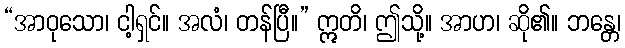
“အာဝုသော၊ ငါ့ရှင်။ အလံ၊ တန်ပြီ။” ဣတိ၊ ဤသို့။ အာဟ၊ ဆို၏။ ဘန္တေ၊